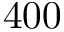
4 0 0